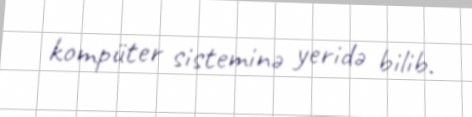
kompüter sisteminə yeridə bilib.